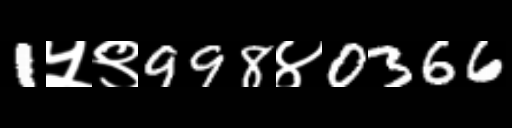
Text: 1५९998४0366